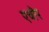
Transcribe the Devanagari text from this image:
एचॉप